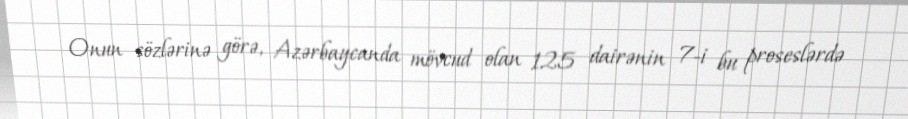
Onun sözlərinə görə, Azərbaycanda mövcud olan 125 dairənin 7-i bu proseslərdə